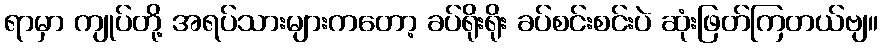
ရာမှာ ကျုပ်တို့ အရပ်သားများကတော့ ခပ်ရိုးရိုး ခပ်စင်းစင်းပဲ ဆုံးဖြတ်ကြတယ်ဗျ။